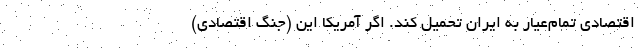
اقتصادی تمام‌عیار به ایران تحمیل کند. اگر آمریکا این (جنگ اقتصادی)